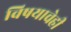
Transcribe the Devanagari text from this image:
विषयाचेही